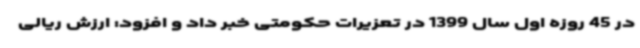
در 45 روزه اول سال 1399 در تعزیرات حکومتی خبر داد و افزود: ارزش ریالی